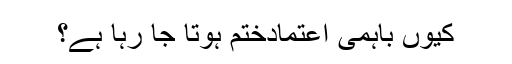
کیوں باہمی اعتمادختم ہوتا جا رہا ہے؟